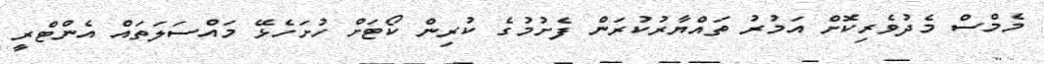
މެމްސް މެދުވެރިކޮށް އަމުރު ތައްޔާރުކުރަން ފެށުމުގެ ކުރިން ކޯޓަށް ހުށަހެޅޭ މައްސަލަތައް އެންޓްރީ